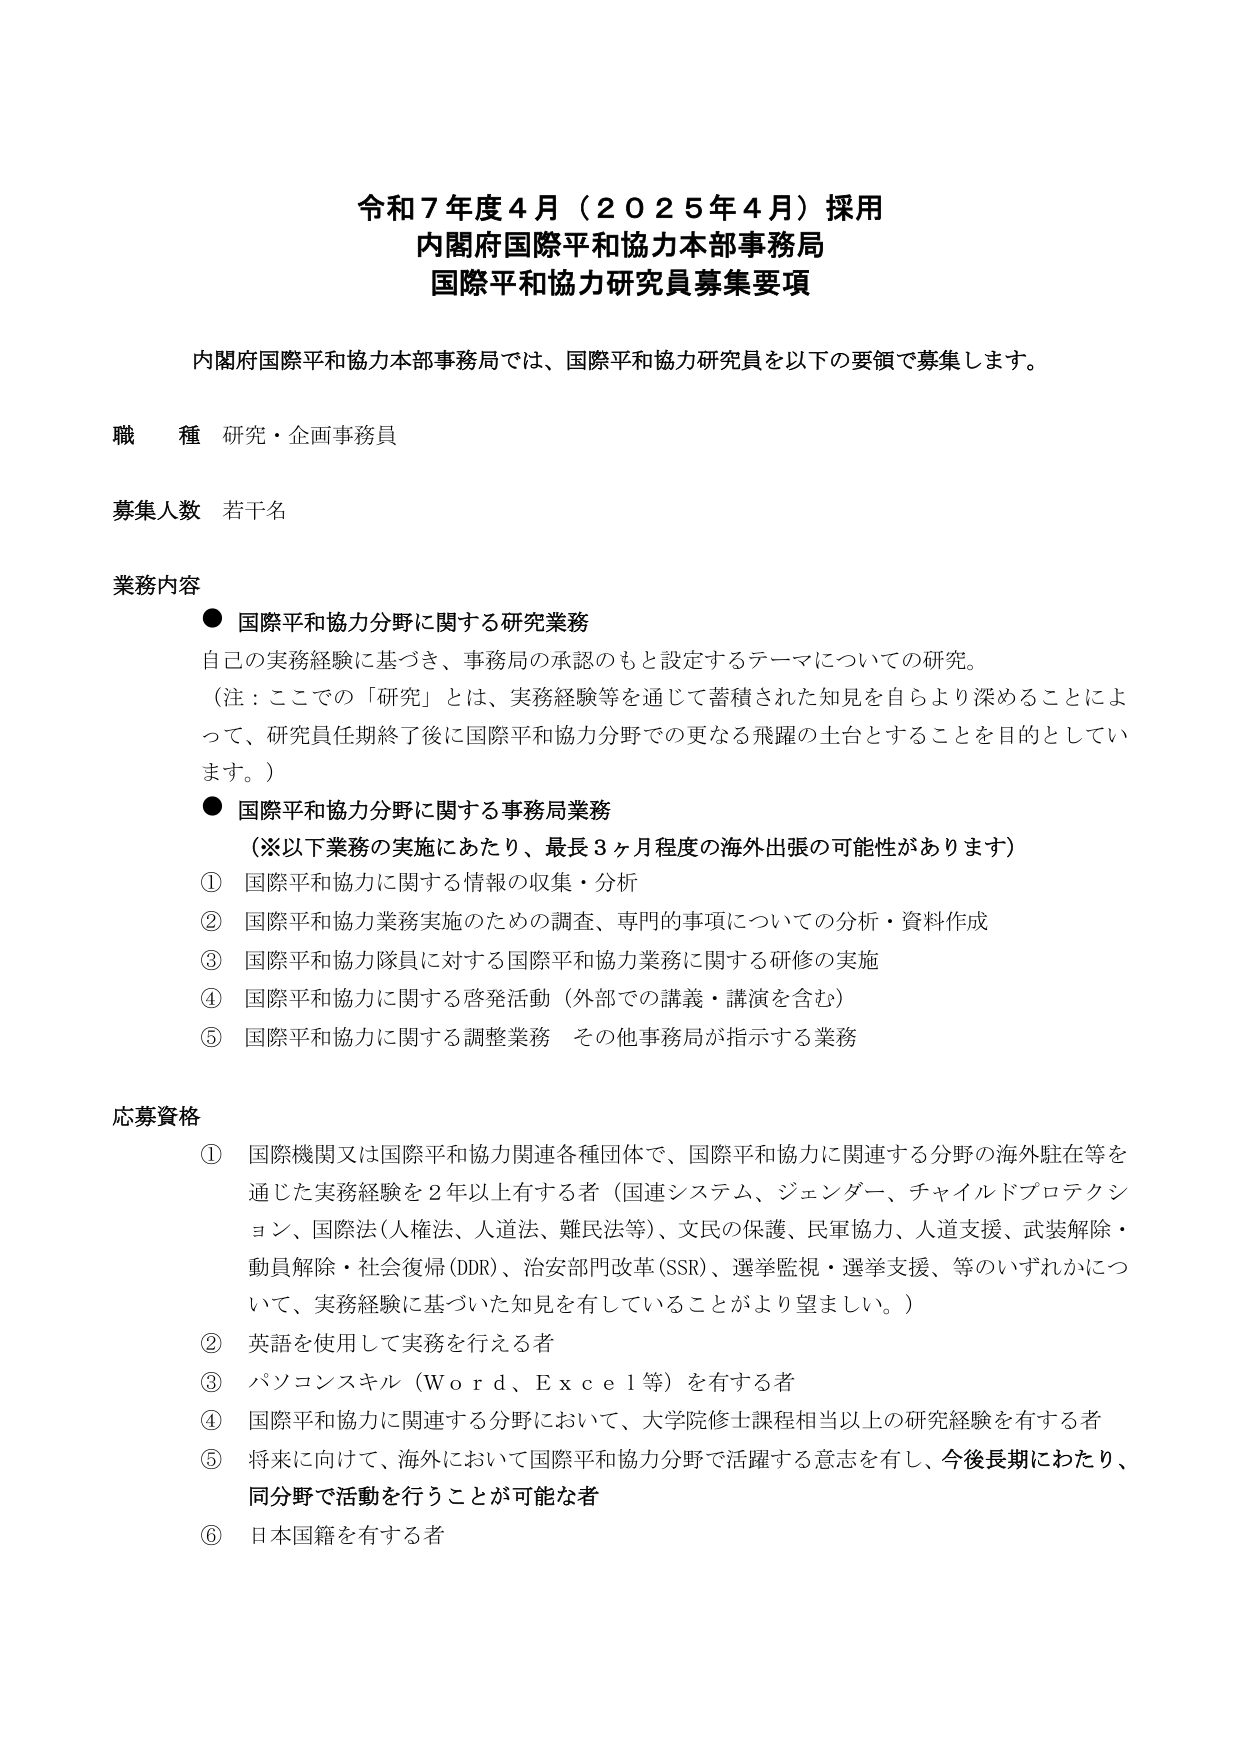
令和７年度４月（２０２５年４月）採用
内閣府国際平和協力本部事務局
国際平和協力研究員募集要項

内閣府国際平和協力本部事務局では、国際平和協力研究員を以下の要領で募集します。

職 種 研究・企画事務員

募集人数 若干名

業務内容
● 国際平和協力分野に関する研究業務
　自己の実務経験に基づき、事務局の承認のもと設定するテーマについての研究。
　（注：ここでの「研究」とは、実務経験等を通じて蓄積された知見を自らより深めることによ
　って、研究員任期終了後に国際平和協力分野での更なる飛躍の土台とすることを目的としてい
　ます。）
● 国際平和協力分野に関する事務局業務
　（※以下業務の実施にあたり、最長３ヶ月程度の海外出張の可能性があります）
　① 国際平和協力に関する情報の収集・分析
　② 国際平和協力業務実施のための調査、専門的事項についての分析・資料作成
　③ 国際平和協力隊員に対する国際平和協力業務に関する研修の実施
　④ 国際平和協力に関する啓発活動（外部での講義・講演を含む）
　⑤ 国際平和協力に関する調整業務　その他事務局が指示する業務

応募資格
① 国際機関又は国際平和協力関連各種団体で、国際平和協力に関連する分野の海外駐在等を
　通じた実務経験を２年以上有する者（国連システム、ジェンダー、チャイルドプロテクシ
　ョン、国際法（人権法、人道法、難民法等）、文民の保護、民軍協力、人道支援、武装解除・
　動員解除・社会復帰（DDR）、治安部門改革（SSR）、選挙監視・選挙支援、等のいずれかにつ
　いて、実務経験に基づいた知見を有していることがより望ましい。）
② 英語を使用して実務を行える者
③ パソコンスキル（Ｗｏｒｄ、Ｅｘｃｅｌ等）を有する者
④ 国際平和協力に関連する分野において、大学院修士課程相当以上の研究経験を有する者
⑤ 将来に向けて、海外において国際平和協力分野で活躍する意志を有し、今後長期にわたり、
　同分野で活動を行うことが可能な者
⑥ 日本国籍を有する者